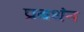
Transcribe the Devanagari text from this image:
प्रबधंन